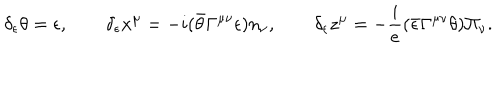
\delta _ { \epsilon } \theta = \epsilon , \qquad \delta _ { \epsilon } x ^ { \mu } = - i ( \bar { \theta } \Gamma ^ { \mu \nu } \epsilon ) n _ { \nu } , \qquad \delta _ { \epsilon } z ^ { \mu } = - \frac { i } { e } ( \bar { \epsilon } \Gamma ^ { \mu \nu } \theta ) \Pi _ { \nu } .